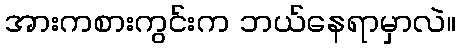
အားကစားကွင်းက ဘယ်နေရာမှာလဲ။